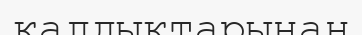
қалдыктарынан